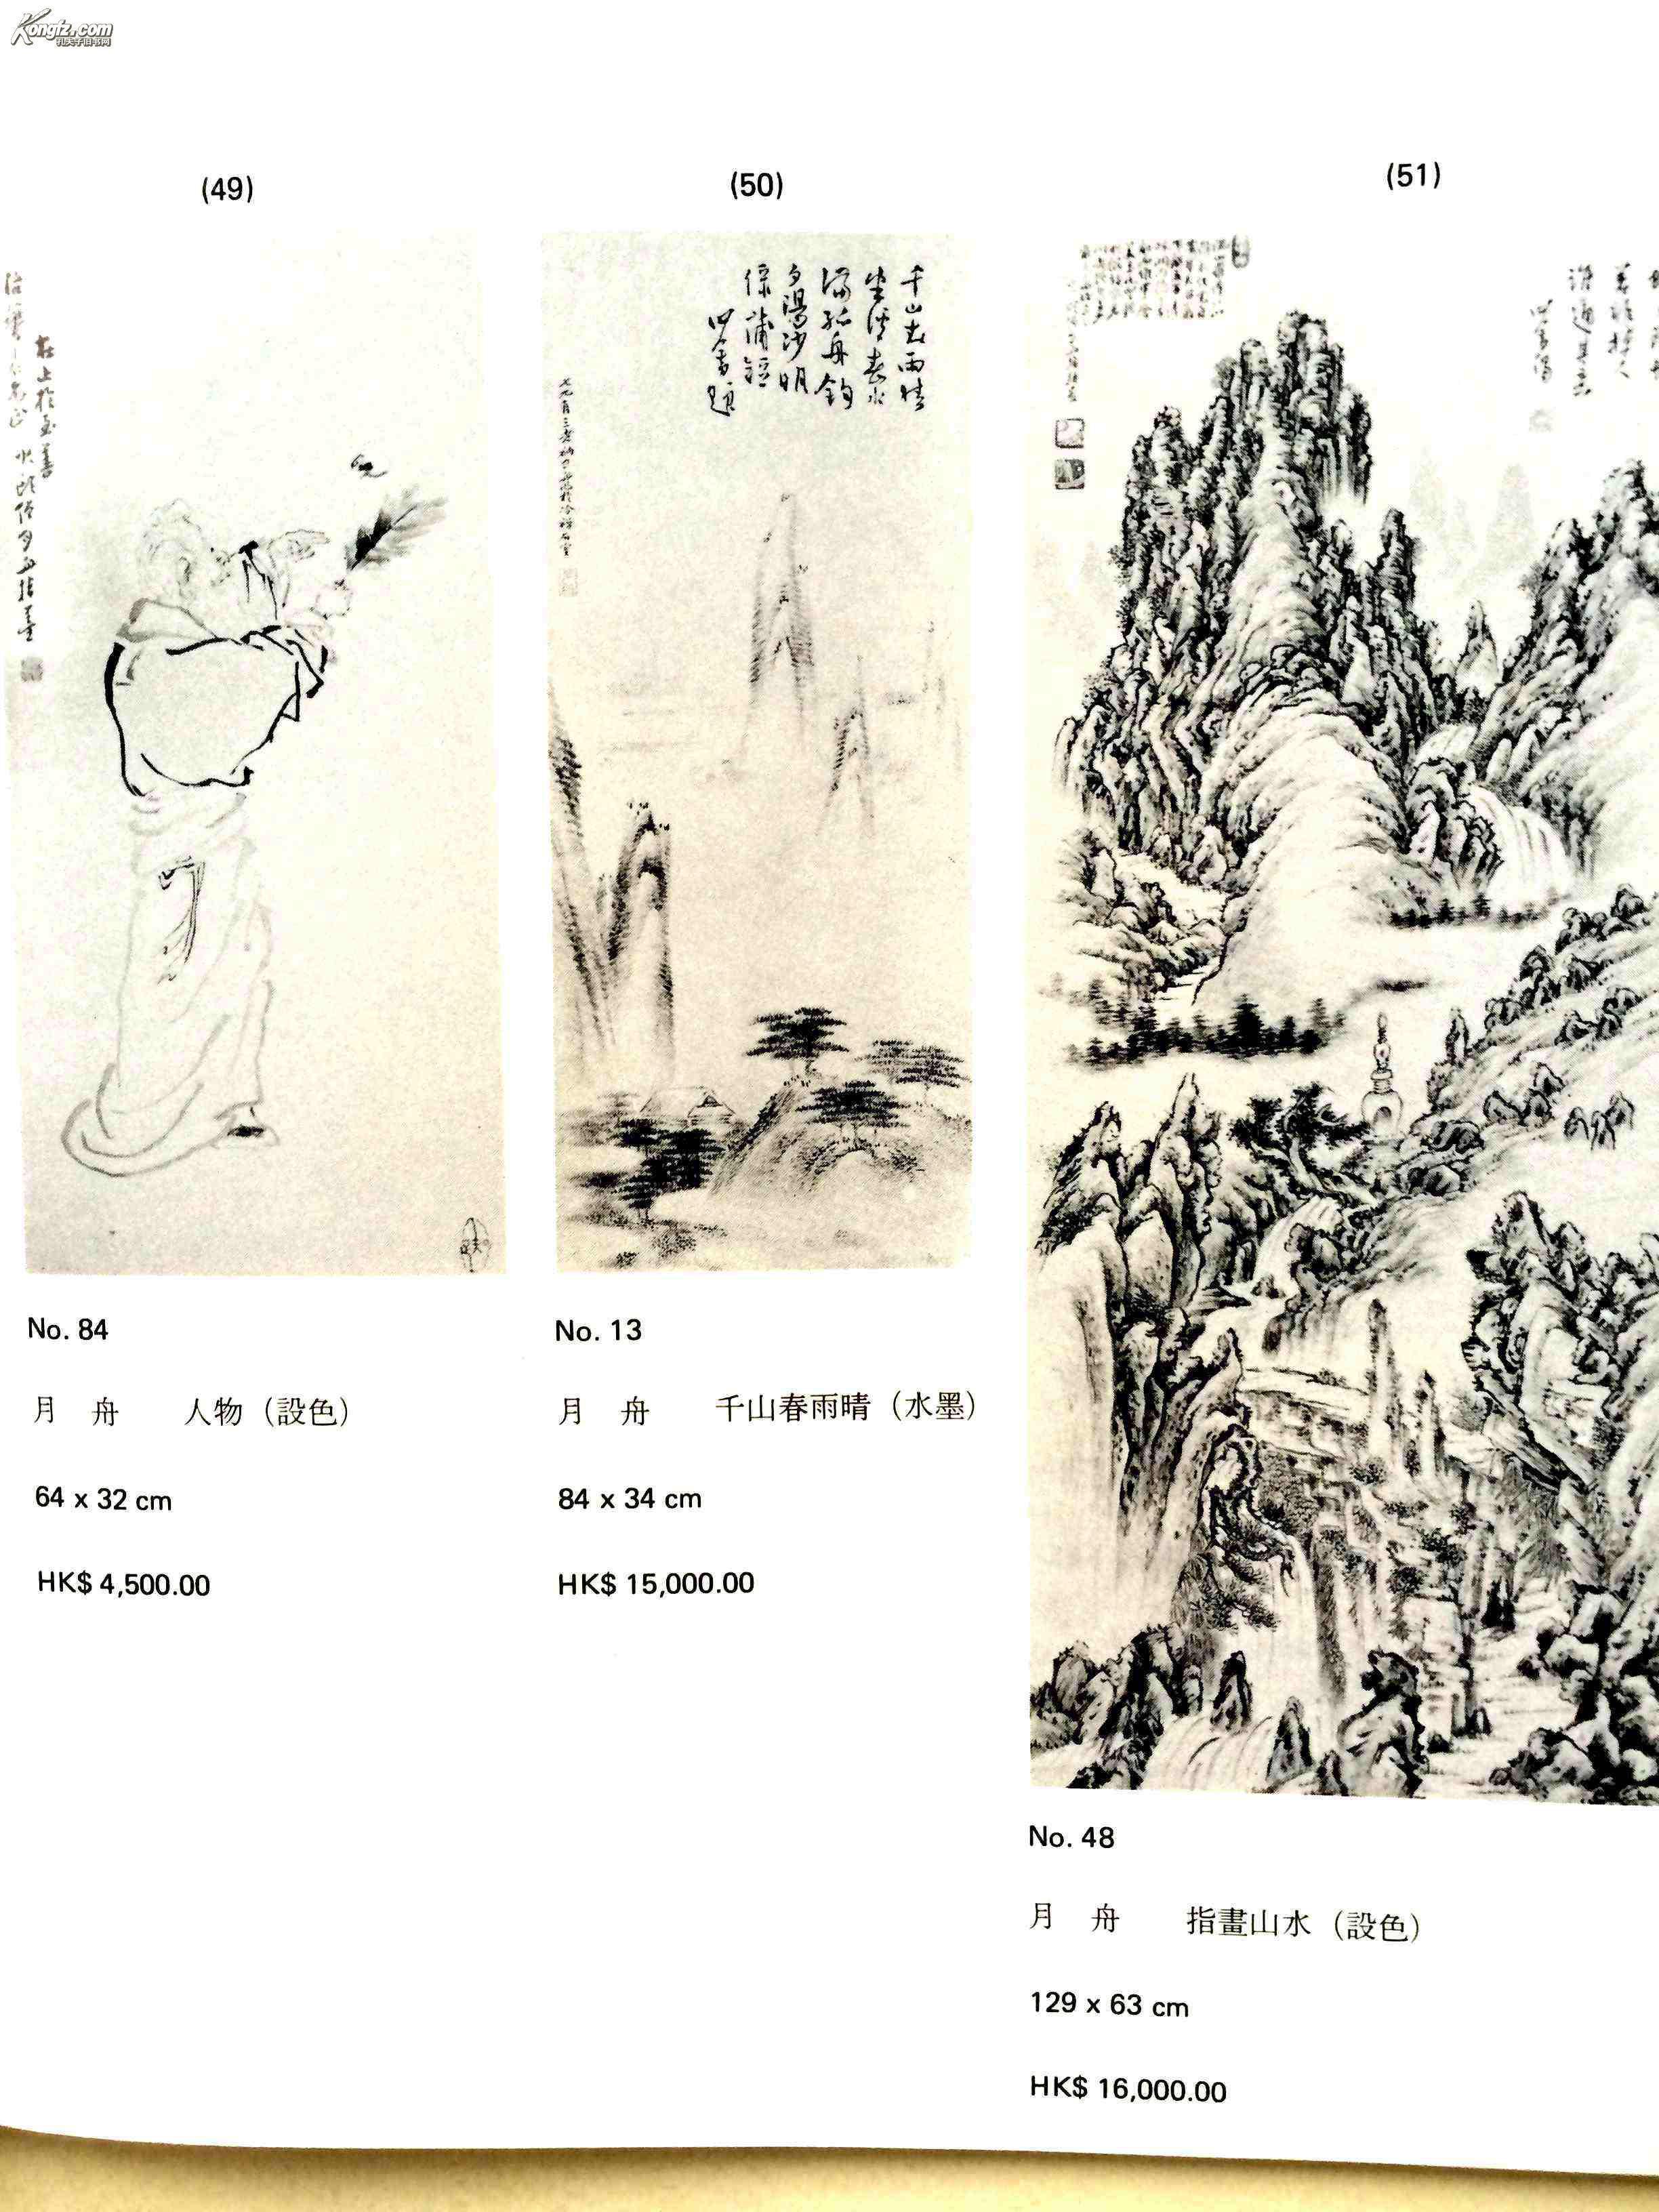
历览千载书，时时见遗烈。